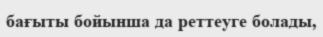
бағыты бойынша да реттеуге болады,